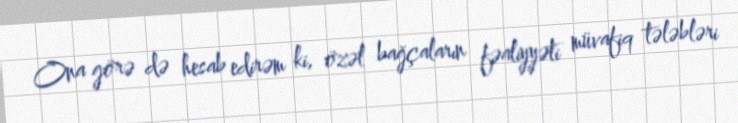
Ona görə də hesab edirəm ki, özəl bağçaların fəaliyyəti müvafiq tələbləri